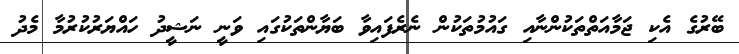
ބޭރުގެ އެކި ޖަމާއަތްތަކުންނާއި ގައުމުތަކުން ނެރެފައިވާ ބަޔާންތަކުގައި ވަނީ ނަޝީދު ހައްޔަރުކުރުމާ މެދު